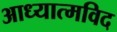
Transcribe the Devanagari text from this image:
आध्यात्मविद